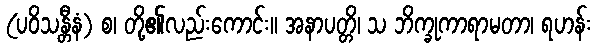
(ပဝိသန္တီနံ) စ၊ တို့၏လည်းကောင်း။ အနာပတ္တိ၊ သ ဘိက္ခုကာရာမတာ၊ ရဟန်း